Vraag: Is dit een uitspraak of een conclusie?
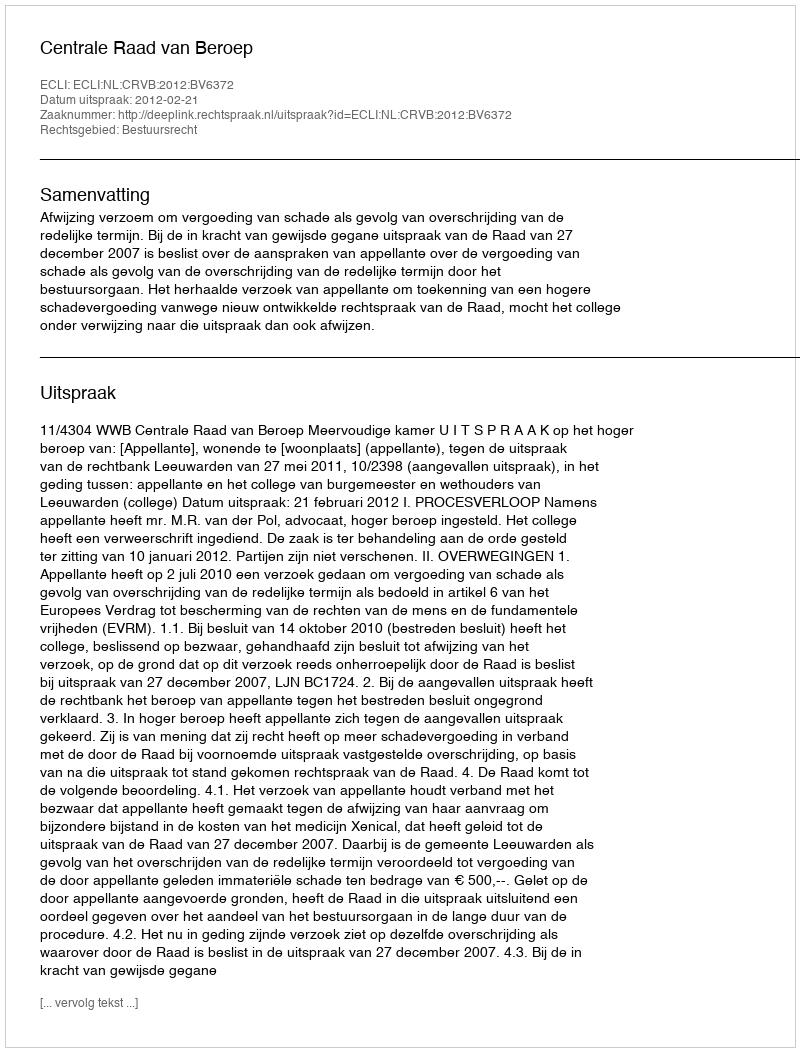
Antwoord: Uitspraak